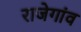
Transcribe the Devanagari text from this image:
राजेगांव